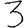
Digit: 3